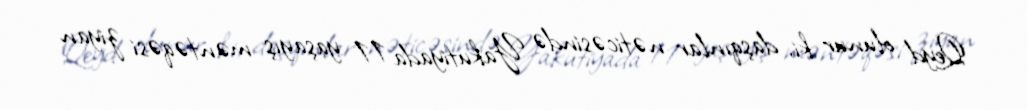
Qeyd olunur ki, daşqınlar nəticəsində Yakutiyada 11 yaşayış məntəqəsi ziyan